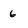
Character: 6